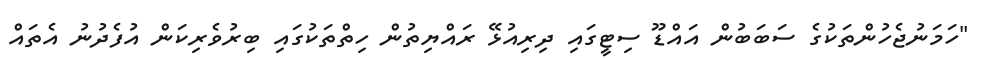
"ހަމަނުޖެހުންތަކުގެ ސަބަބުން އައްޑޫ ސިޓީގައި ދިރިއުޅޭ ރައްޔިތުން ހިތްތަކުގައި ބިރުވެރިކަން އުފެދުނު އެތައް